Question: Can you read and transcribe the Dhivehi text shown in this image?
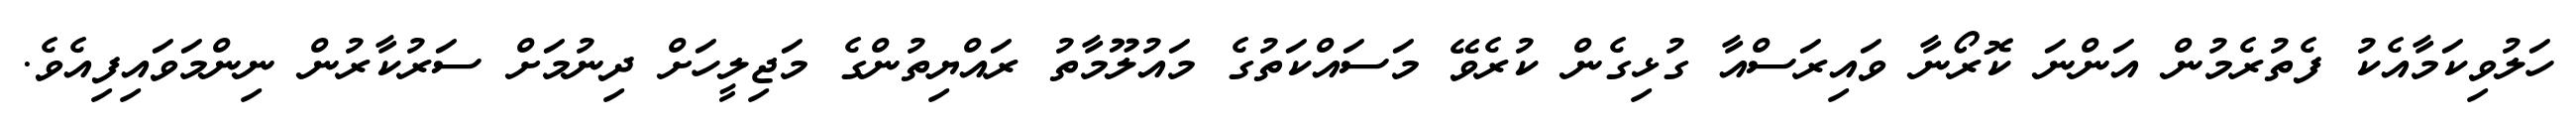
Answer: ހަލުވިކަމާއެކު ފެތުރެމުން އަންނަ ކޮރޯނާ ވައިރަސްއާ ގުޅިގެން ކުރެވޭ މަސައްކަތުގެ މައުލޫމާތު ރައްޔިތުންގެ މަޖިލީހަށް ދިނުމަށް ސަރުކާރުން ނިންމަވައިފިއެވެ.